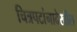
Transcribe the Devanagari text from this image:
चित्रपटांनादेखील